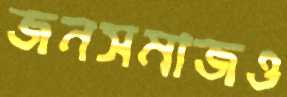
জনসমাজও